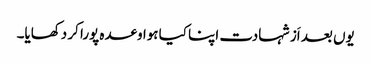
یوں بعد اَز شہادت اپنا کیا ہوا وعدہ پورا کر دکھایا۔